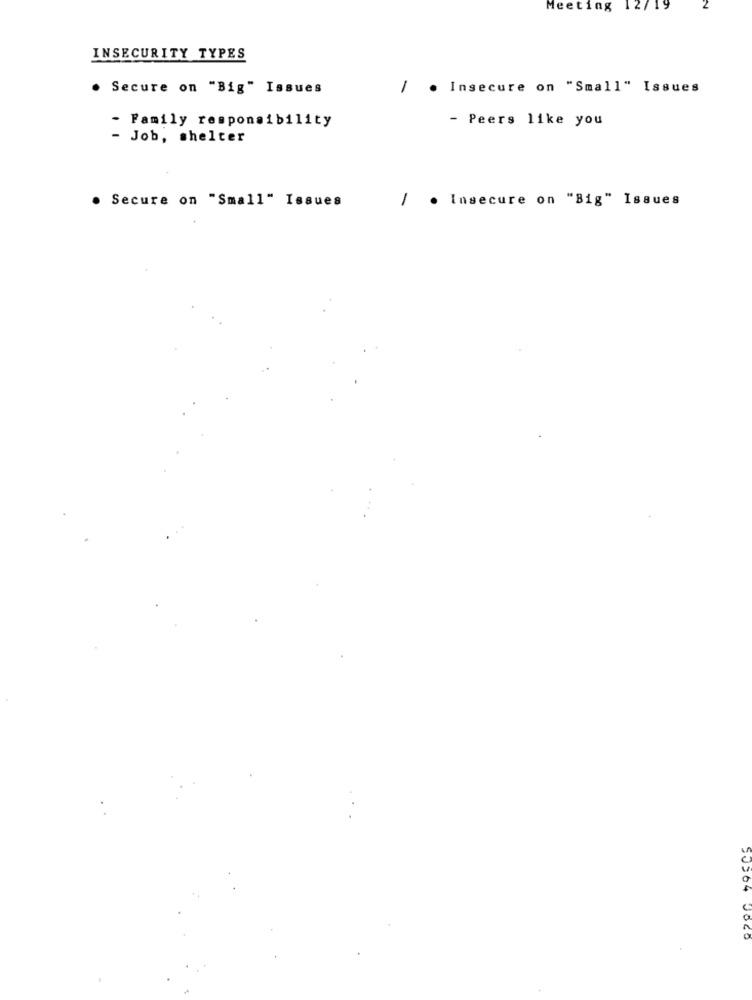
Meeting
19
INSECURITY TYPES
Secure on "Big" Issues
1
. Insecure on "Small" Issues
- Family responsibility
- Peers like you
- Job, shelter
Secure on "Small" Issues
Insecure on "Big" Issues
1